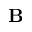
{ \bf B }